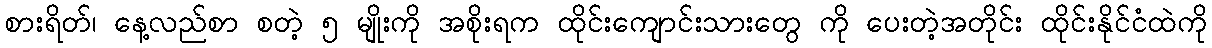
စားရိတ်၊ နေ့လည်စာ စတဲ့ ၅ မျိုးကို အစိုးရက ထိုင်းကျောင်းသားတွေ ကို ပေးတဲ့အတိုင်း ထိုင်းနိုင်ငံထဲကို